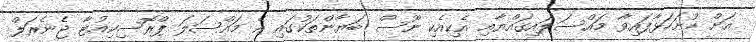
އަށް ހުށަހަޅާފައިވާ މައްސަލައިގައްޔާއި އެކިއެކި ނޫސް ބަޔާންތަކުގައި އެ މައްސަލަ ޕްރޮސިކިއުޓާ ޖެނެރަލް